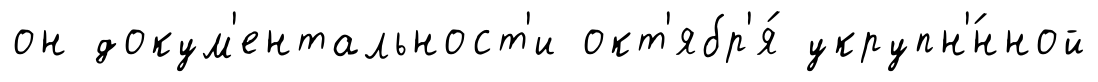
он докум'ентальност'и окт'ябр'я́ укрупн'́нной